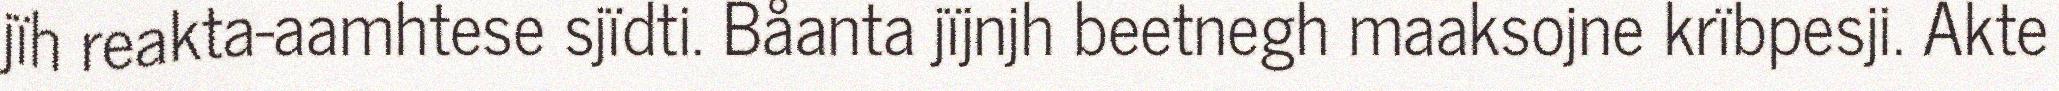
jïh reakta-aamhtese sjïdti. Båanta jïjnjh beetnegh maaksojne krïbpesji. Akte